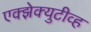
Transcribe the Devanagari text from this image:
एक्झेक्युटीव्ह